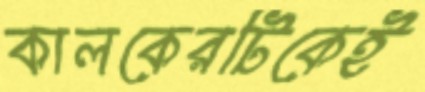
কালকেরটিকেই